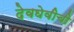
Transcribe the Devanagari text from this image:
देवघेवीची